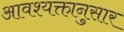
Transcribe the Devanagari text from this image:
आवश्यक्तानुसार